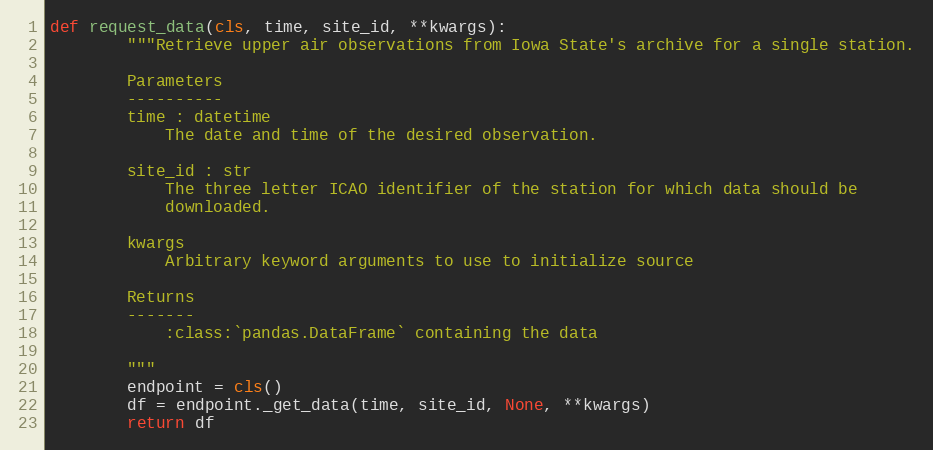
Language: Python
def request_data(cls, time, site_id, **kwargs):
        """Retrieve upper air observations from Iowa State's archive for a single station.

        Parameters
        ----------
        time : datetime
            The date and time of the desired observation.

        site_id : str
            The three letter ICAO identifier of the station for which data should be
            downloaded.

        kwargs
            Arbitrary keyword arguments to use to initialize source

        Returns
        -------
            :class:`pandas.DataFrame` containing the data

        """
        endpoint = cls()
        df = endpoint._get_data(time, site_id, None, **kwargs)
        return df